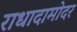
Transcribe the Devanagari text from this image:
राधादामोदर